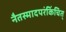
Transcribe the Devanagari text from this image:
नैतस्मादपरंकिंचित्